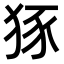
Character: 𤞱